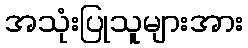
အသုံးပြုသူများအား